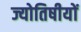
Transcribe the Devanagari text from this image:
ज्योतिषीयों